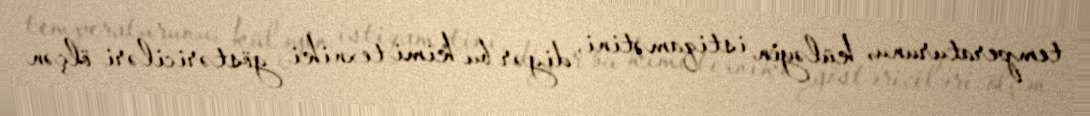
temperaturunu, küləyin istiqamətini, digər bu kimi texniki göstəriciləri ölçən